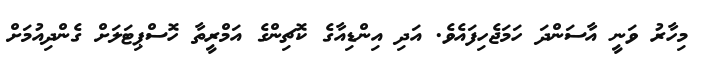
މިހާރު ވަނީ އާސަންދަ ހަމަޖެހިފައެވެ. އަދި އިންޑިއާގެ ކޮޗިންގެ އަމްރީތާ ހޮސްޕިޓަލަށް ގެންދިއުމަށް